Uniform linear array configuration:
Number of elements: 8
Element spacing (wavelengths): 0.5
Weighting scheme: hann
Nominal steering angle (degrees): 30
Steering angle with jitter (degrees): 29.621
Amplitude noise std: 0.05
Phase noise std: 0.05

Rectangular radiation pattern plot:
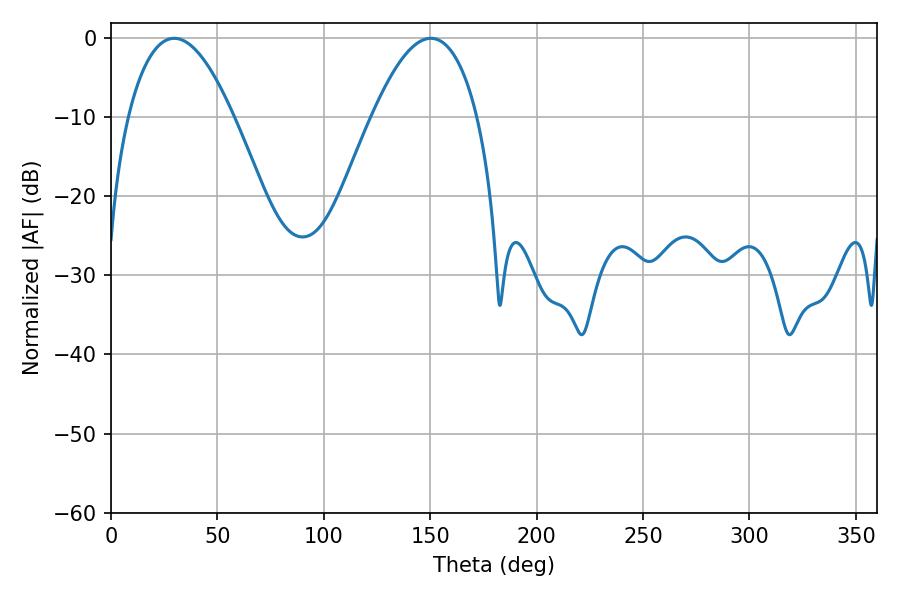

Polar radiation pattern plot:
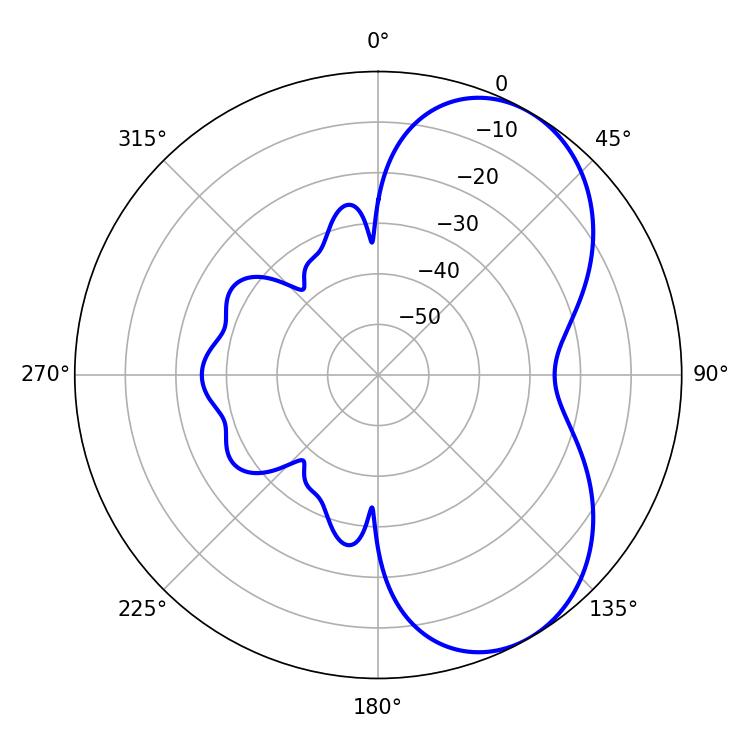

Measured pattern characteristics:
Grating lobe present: FALSE
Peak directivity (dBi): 5.8
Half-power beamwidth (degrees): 27.18
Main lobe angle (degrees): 29.7